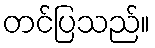
တင်ပြသည်။